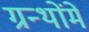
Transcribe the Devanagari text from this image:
ग्रन्थोंमें